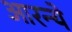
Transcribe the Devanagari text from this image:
आरन्ये